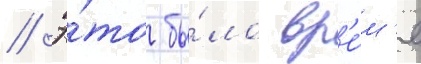
// Э́то бы́ло вр'е́м'я